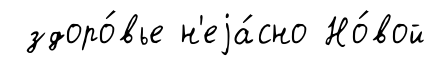
здоро́вье н'еjа́сно Но́вой